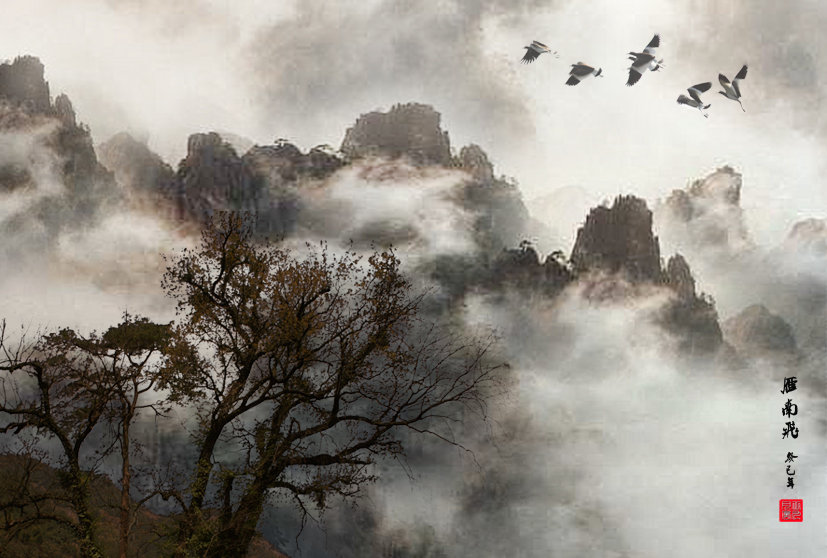
夕阳西下，塞雁南飞，渭水东流。